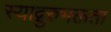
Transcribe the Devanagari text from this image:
स्याद्गुरुभक्तता